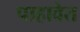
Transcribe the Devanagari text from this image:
पाहावेत